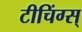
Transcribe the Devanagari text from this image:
टीचिंग्स्‌